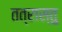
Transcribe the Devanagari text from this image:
तत्रास्तु